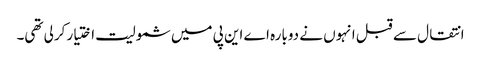
انتقال سے قبل انہوں نے دوبارہ اے این پی میں شمولیت اختیار کرلی تھی۔